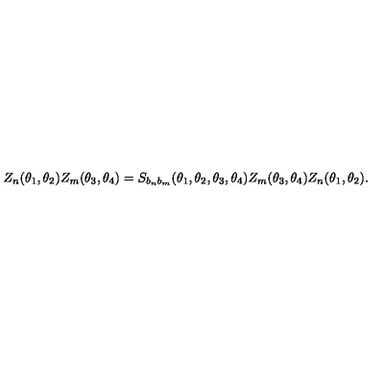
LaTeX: Z _ { n } ( \theta _ { 1 } , \theta _ { 2 } ) Z _ { m } ( \theta _ { 3 } , \theta _ { 4 } ) = S _ { b _ { n } b _ { m } } ( \theta _ { 1 } , \theta _ { 2 } , \theta _ { 3 } , \theta _ { 4 } ) Z _ { m } ( \theta _ { 3 } , \theta _ { 4 } ) Z _ { n } ( \theta _ { 1 } , \theta _ { 2 } ) .